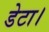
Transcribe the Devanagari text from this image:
डेटा।